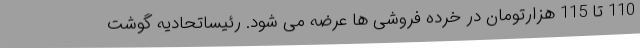
110 تا 115 هزارتومان در خرده فروشی ها عرضه می شود. رئیساتحادیه گوشت